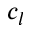
c _ { l }